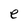
Character: e